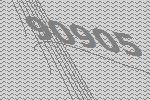
90905